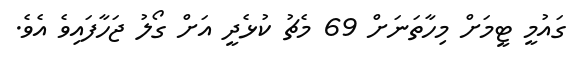
ގައުމީ ޓީމަށް މިހާތަނަށް 69 މެޗު ކުޅެދީ އަށް ގޯލު ޖަހާފައިވެ އެވެ.